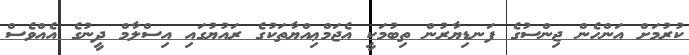
ކުރުމަށް އަންހެން ޖިންސުގެ ފަނޑިޔާރުން ތިބުމަކީ އެޖަމްޢިއްޔާތަކުގެ ރައުޔުގައި އިސްލާމް ދީނުގެ އެއްވެސް